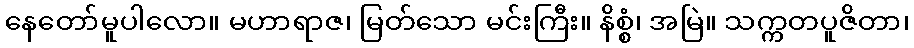
နေတော်မူပါလော။ မဟာရာဇ၊ မြတ်သော မင်းကြီး။ နိစ္စံ၊ အမြဲ။ သက္ကတပူဇိတာ၊